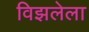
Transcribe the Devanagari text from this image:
विझलेला